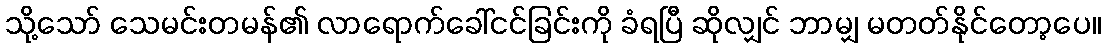
သို့သော် သေမင်းတမန်၏ လာရောက်ခေါ်ငင်ခြင်းကို ခံရပြီ ဆိုလျှင် ဘာမျှ မတတ်နိုင်တော့ပေ။